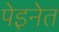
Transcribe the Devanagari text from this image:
पेइनेत